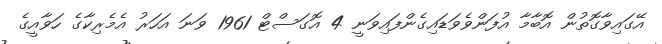
އޭގައިވާގޮތުން އޮބާމާ އުފަންވެވަޑައިގެންފައިވަނީ 4 އޮގަސްޓް 1961 ވަނަ އަހަރު އެމެރިކާގެ ހަވާއީގެ